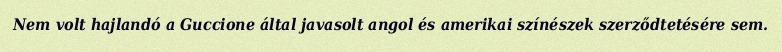
Nem volt hajlandó a Guccione által javasolt angol és amerikai színészek szerződtetésére sem.